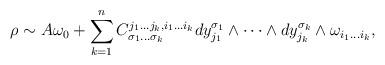
LaTeX: \begin{gather*}\rho \sim A \omega_0+ \sum_{k = 1}^n C_{\sigma_1 \dots \sigma_k}^{j_1 \dots j_k,i_1 \dots i_k} dy^{\sigma_1}_{j_1} \land \dots \land dy^{\sigma_k}_{j_k} \land \omega_{i_1 \dots i_k} ,\end{gather*}